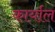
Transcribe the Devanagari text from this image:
कार्याल